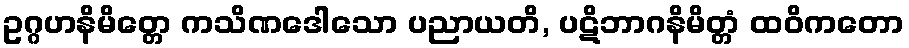
ဥဂ္ဂဟနိမိတ္တေ ကသိဏဒေါသော ပညာယတိ, ပဋိဘာဂနိမိတ္တံ ထဝိကတော